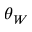
\theta _ { W }